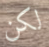
لكن